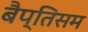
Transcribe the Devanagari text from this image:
बैप्तिसम